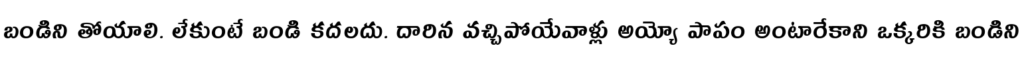
బండిని తోయాలి. లేకుంటే బండి కదలదు. దారిన వచ్చిపోయేవాళ్లు అయ్యో పాపం అంటారేకాని ఒక్కరికి బండిని